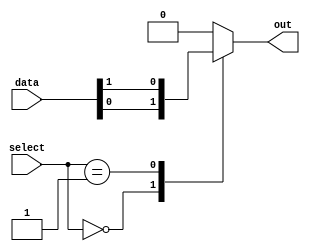
module multiplexer_128(input [127:0] data,
                        input [6:0] select,
                        output reg out);

always @(*)
begin
    case(select)
        7'b0000000: out = data[0];
        7'b0000001: out = data[1];
        // Add cases for all 128 input lines here
        // For brevity, only two cases are shown
        
        default: out = 1'b0; // Default case in case of invalid selection
    endcase
end

endmodule